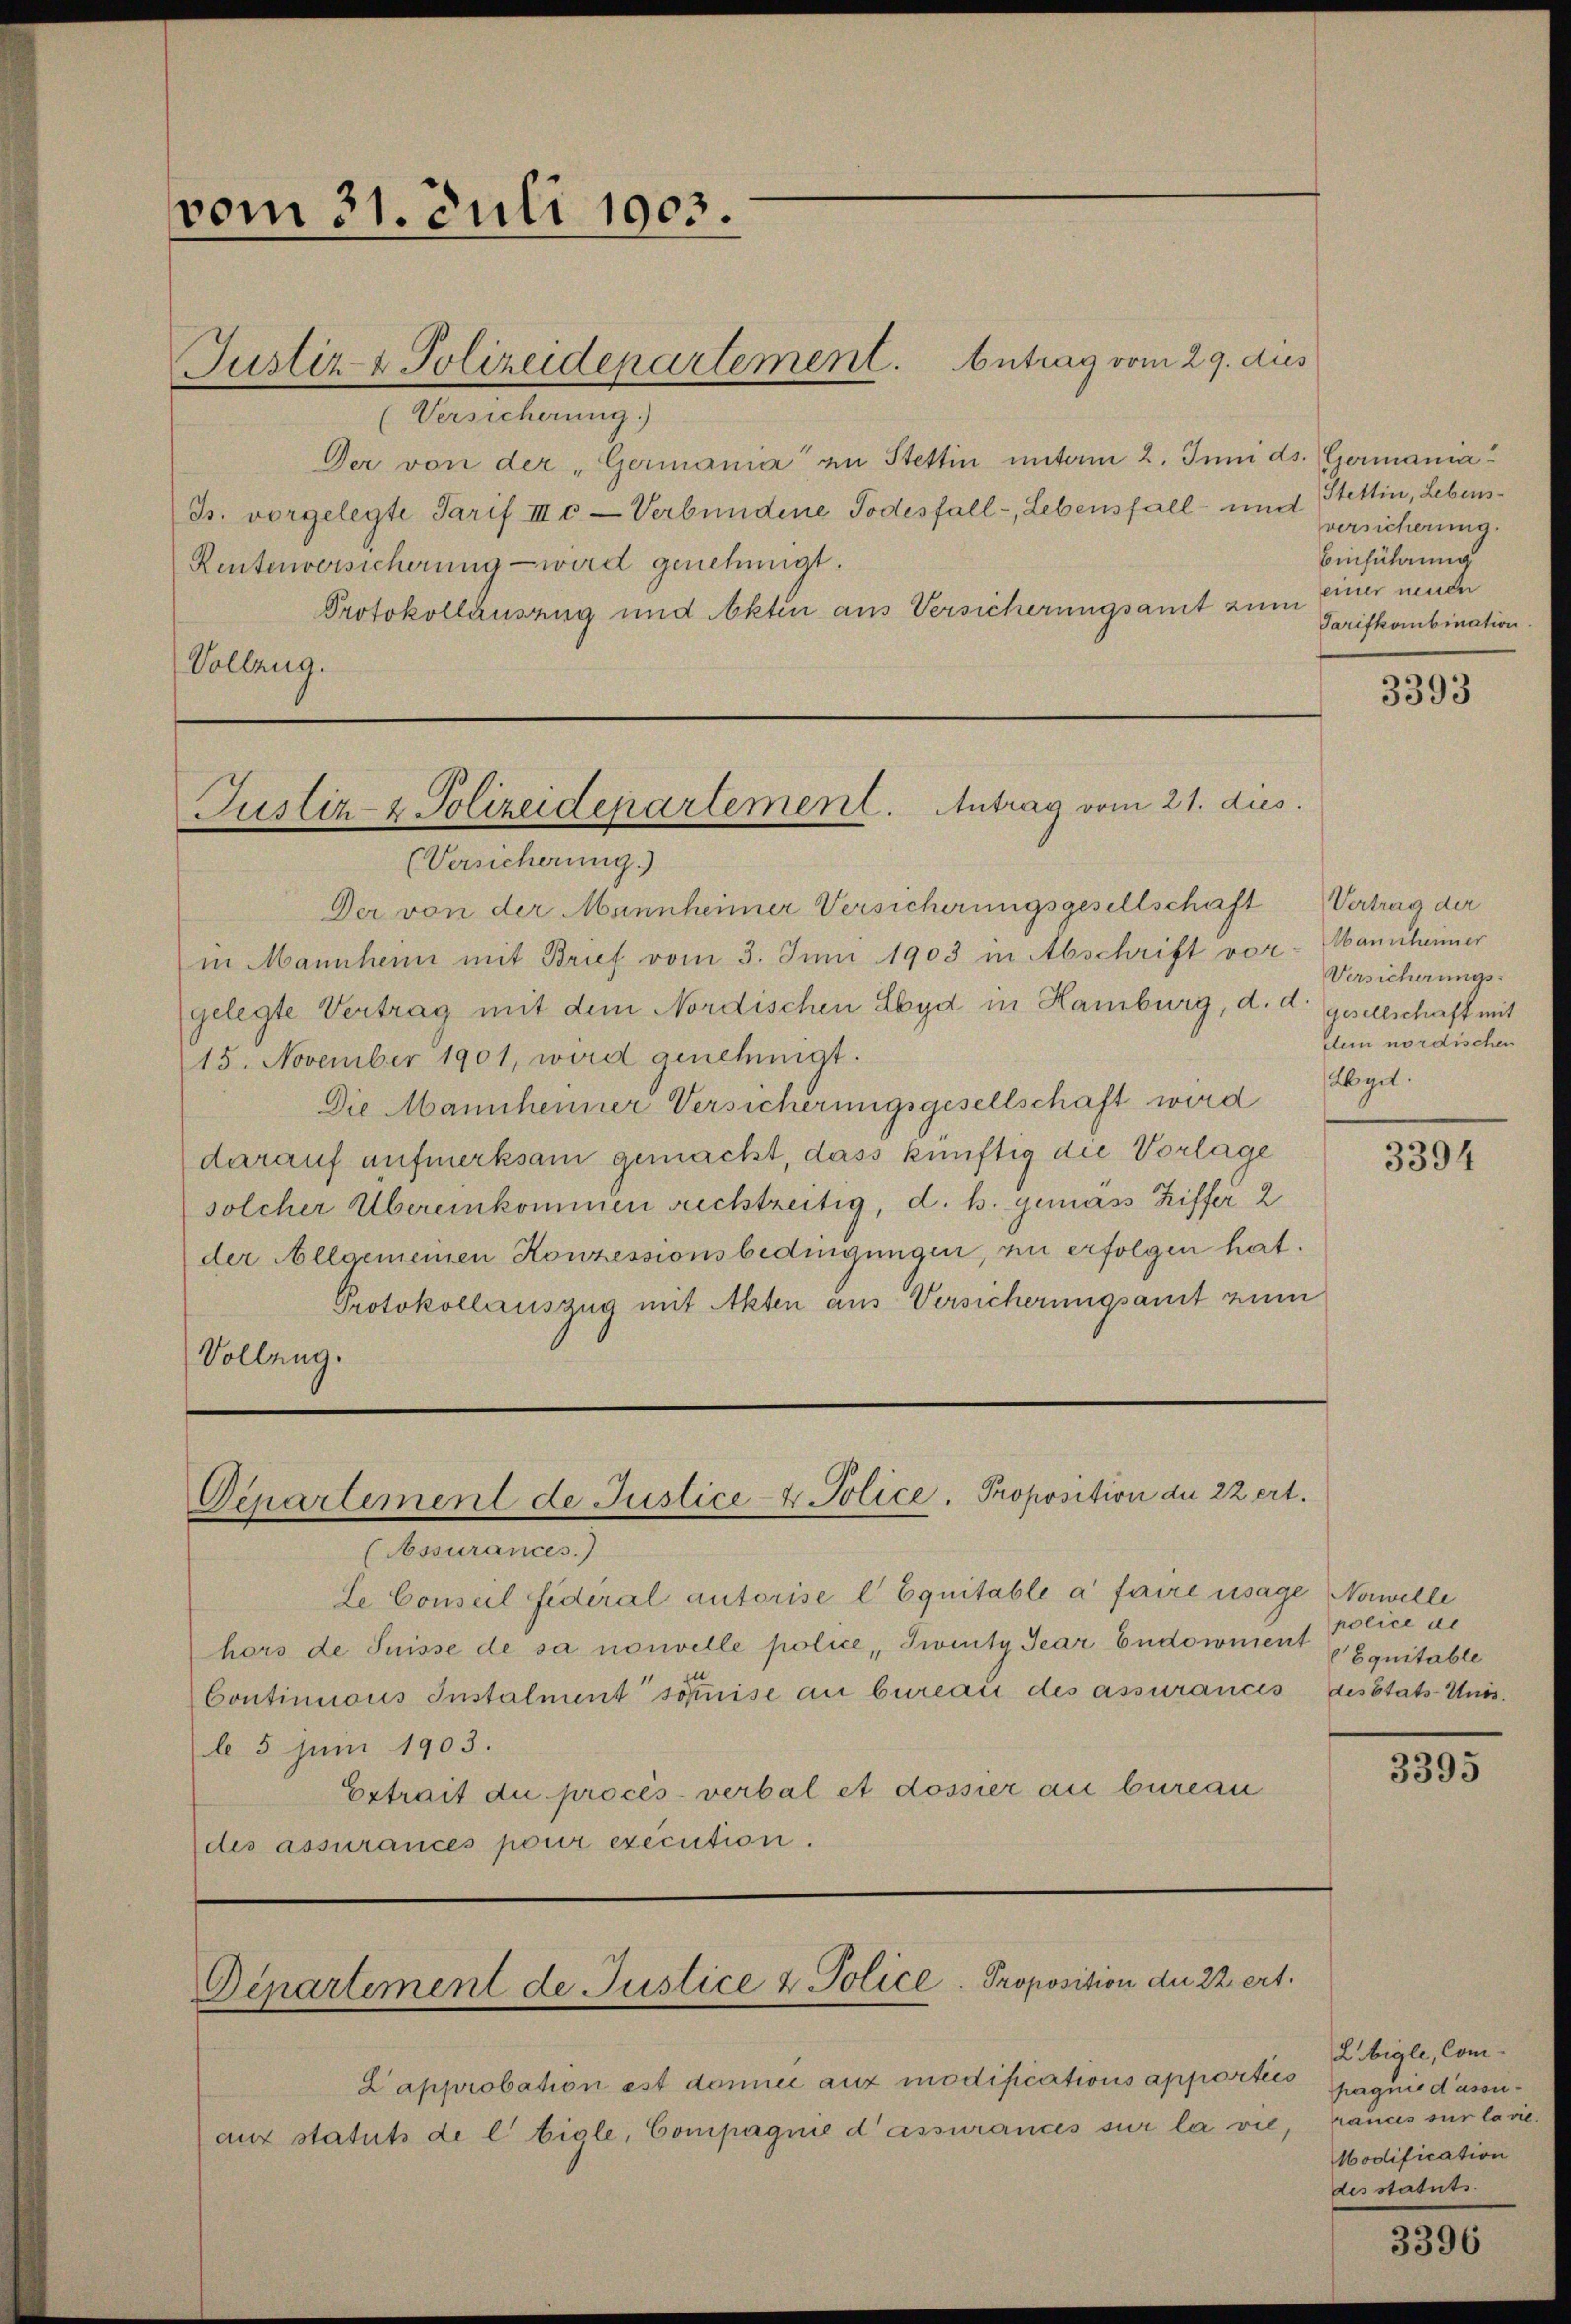
vom 31. Juli 1903.

(Versicherung.)
Der von der „Germania“ an Stettin unterm 2. Juni ds. Germania
Js. vorgelegte Tarif III c. - Verbundene Todesfall-, Lebensfall- und Stettin, Lebens¬
Rentenversicherung wird genehmigt.
Protokollausung und Akten aus Versicherungsamt zum
Vollzug.

Justiz- & Polizeidepartement. Antrag vom 29. dies

Justiz- & Polizeidepartement. Antrag vom 21. dies
—
(Versicherung.)

Der von der Mannheimer Versicherungsgesellschaft
in Mannheim mit Brief vom 3. Juni 1903 in Abschrift vor-
gelegte Vertrag mit dem Nordischen Leyd in Hamburg, d. d. gesellschaft mit
15. November 1901, wird genehmigt.
Die Mannheimer Versicherungsgesellschaft wird
darauf aufmerksam gemacht, dass künftig die Vorlage
solcher Übereinkommen rechtzeitig, d. h. gemäss Ziffer 2
der Allgemeinen Konzessionsbedingungen, zu erfolgen hat.
Protokollauszug mit Akten aus Versicherungsamt zum
Volleng.

Departement de Justice- & Police. Proposition de 22 ert.
(Assurances.)

Le Conseil fidéral autorise l Equitable a faire usage Novelle
hors de Suisse de sa nouvelle police, Twenty Jear Eudownient Equitable
Continions Instalment sommise an bureau des assurances desstats-Unis.
l 5 Juni 1903.
Estrait du procès-verbal et dossier au bureau
des assurances pour execution.

Departement de Justice & Police Proposition der 22 ert.

L’approbation est donnée auf modifications apporties
auf statuts de l' tigle, Compagnie d’assurances sur la vie, rauces sur la vie¬

versicherung.
Einführung
einer neuen
Tarifkombination.

3393

Vertrag der
Mannheimer
Versicherungs-
dein nordischen
Agit.

3394

police de

3395

2bigle, Compagnie d’assu
Modification
des statuts.

3396